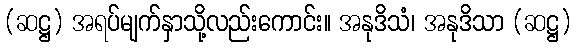
(ဆဋ္ဌ) အရပ်မျက်နှာသို့လည်းကောင်း။ အနုဒိသံ၊ အနုဒိသာ (ဆဋ္ဌ)